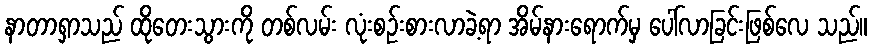
နာတာရှာသည် ထိုတေးသွားကို တစ်လမ်း လုံးစဉ်းစားလာခဲ့ရာ အိမ်နားရောက်မှ ပေါ်လာခြင်းဖြစ်လေ သည်။